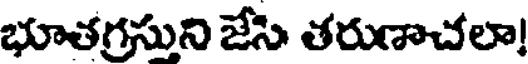
భూతగ్రసుని జేసి తరుణాచలా!